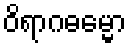
ဝိရာဂဓမ္မော